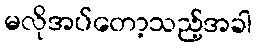
မလိုအပ်တော့သည့်အခါ